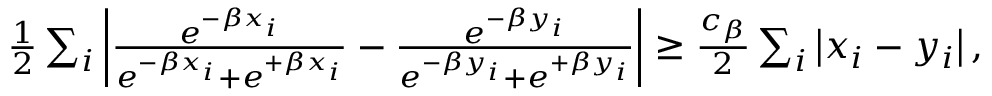
\begin{array} { r } { \frac { 1 } { 2 } \sum _ { i } \left| \frac { e ^ { - \beta x _ { i } } } { e ^ { - \beta x _ { i } } + e ^ { + \beta x _ { i } } } - \frac { e ^ { - \beta y _ { i } } } { e ^ { - \beta y _ { i } } + e ^ { + \beta y _ { i } } } \right| \geq \frac { c _ { \beta } } { 2 } \sum _ { i } \left| x _ { i } - y _ { i } \right| , } \end{array}